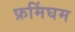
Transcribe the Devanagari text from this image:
फ्रमिंघम